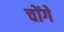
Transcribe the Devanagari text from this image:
चोंगे